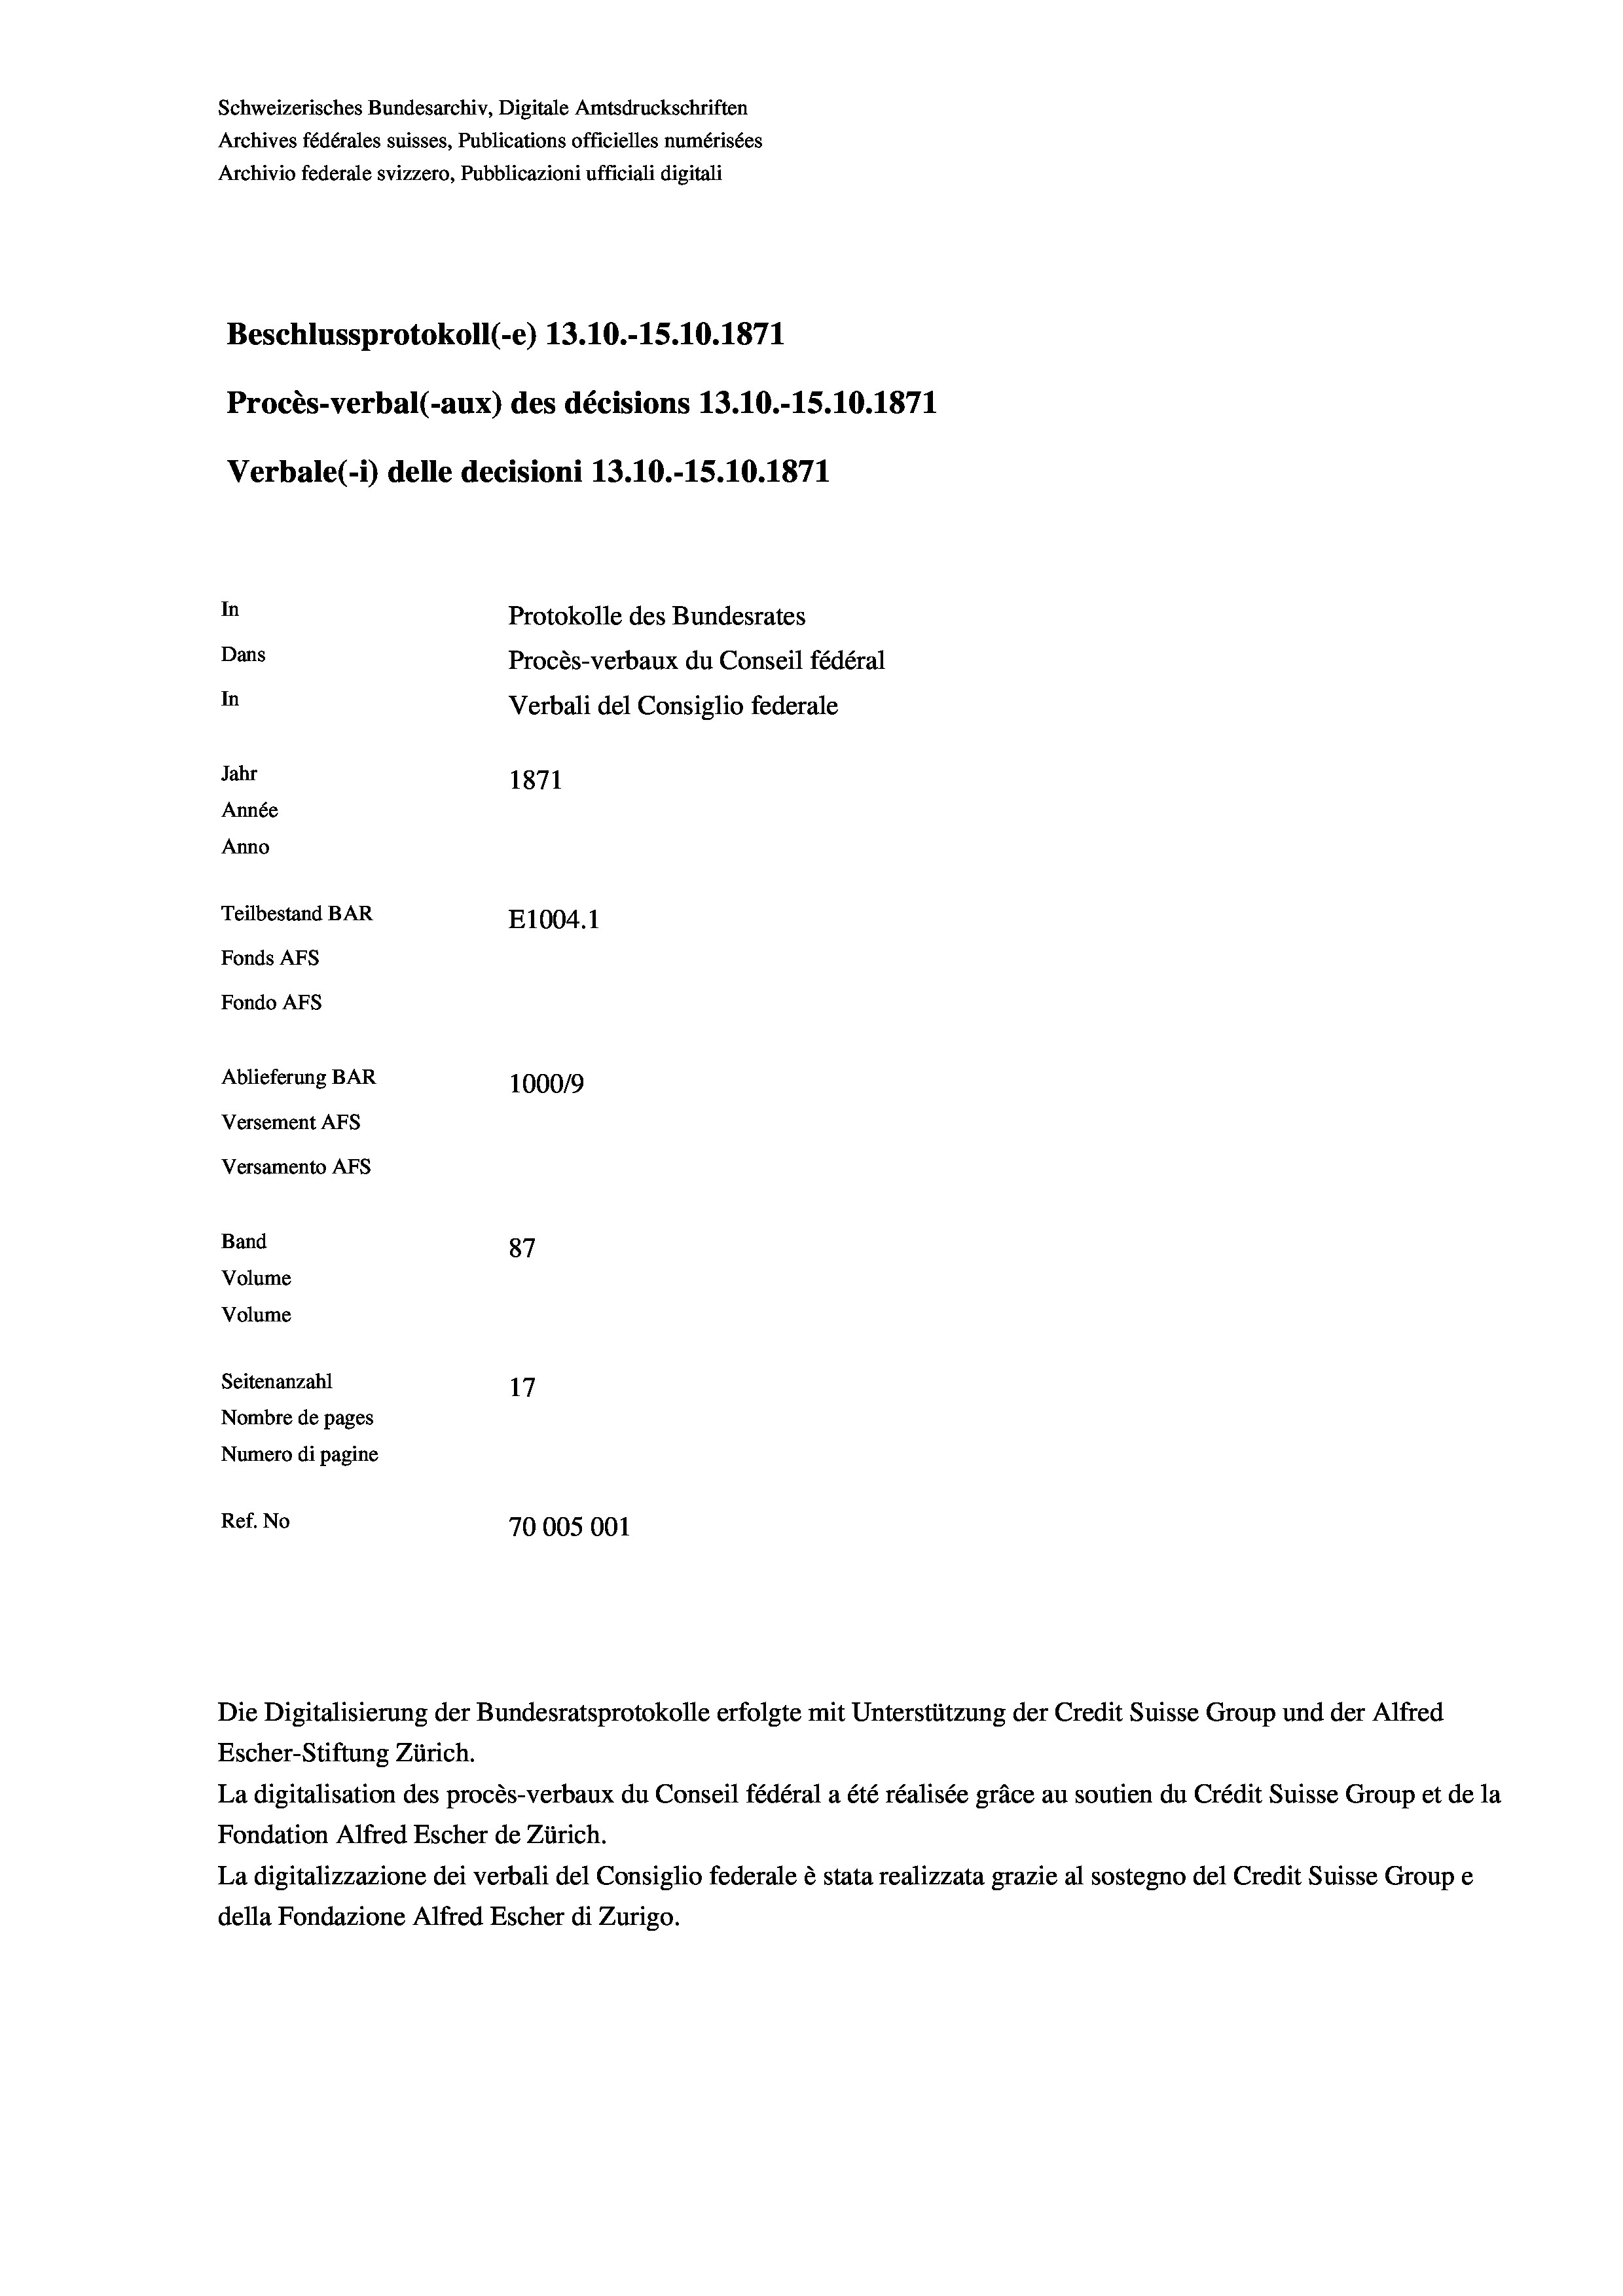
Schweizerisches Bundesarchiv, Digitale Amtsdruckschriften
Archives fédérales suisses, Publications officielles numérisées
Archivio federale svizzero, Pubblicazioni ufficiali digitali
Beschlussprotokoll (e) 13.10.-15.10.1871
Procès-verbal (-aux) des décisions 13.10.-15.10.1871
Verbale(- 1) delle decisioni 13.10.-15.10.1871
In
Protokolle des Bundesrates
Dans
Procès-verbaux du Conseil fédéral
In
Verbali del Consiglio federale
Jahr
1871
Année
Anno
Teilbestand BAR
E1004. 1
Fonds AFs
Fondo AFS
Ablieferung BAR
100019
Versement Ans
Versamento Afs
Band
87

Seitenanzahl
Nombre de pages
Numero di pagine
Ref. No
70005001

Volume
Volume

Die Digitalisierung der Bundesratsprotokolle erfolgte mit Unterstützung der Credit Suisse Group und der Alfred
Escher-Stiftung Zürich.
La digitalisation des procès-verbaux du Conseil fédéral a été réalisée gräce au soutien du Crédit Suisse Group et de la
Fondation Alfred Escher de Zürich.
La digitalizzazione dei verbali del Consiglio federale è stata realizzata grazie al sostegno del Credit Suisse Groupe
della Fondazione Alfred Escher di Zurigo.